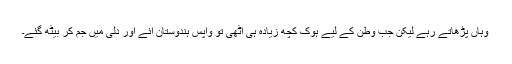
وہاں پڑھاتے رہے لیکن جب وطن کے لیے ہوک کچھ زیادہ ہی اٹھی تو واپس ہندوستان آئے اور دلی میں جم کر بیٹھ گئے۔